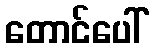
တောင်ပေါ်